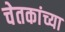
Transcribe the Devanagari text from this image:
चेतकांच्या